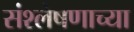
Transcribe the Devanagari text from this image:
संश्लेषणाच्या